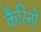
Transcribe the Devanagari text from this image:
कैरिनी